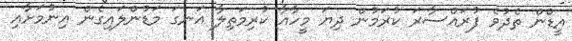
އީޑްން ތެދުވެ ފުރައްސާރަ ކުރަމުން ދިޔަ މީހާއާ ކުރިމަތިލާ އަނގަ މަޑުންލައިގެން އިނުމަށާއި